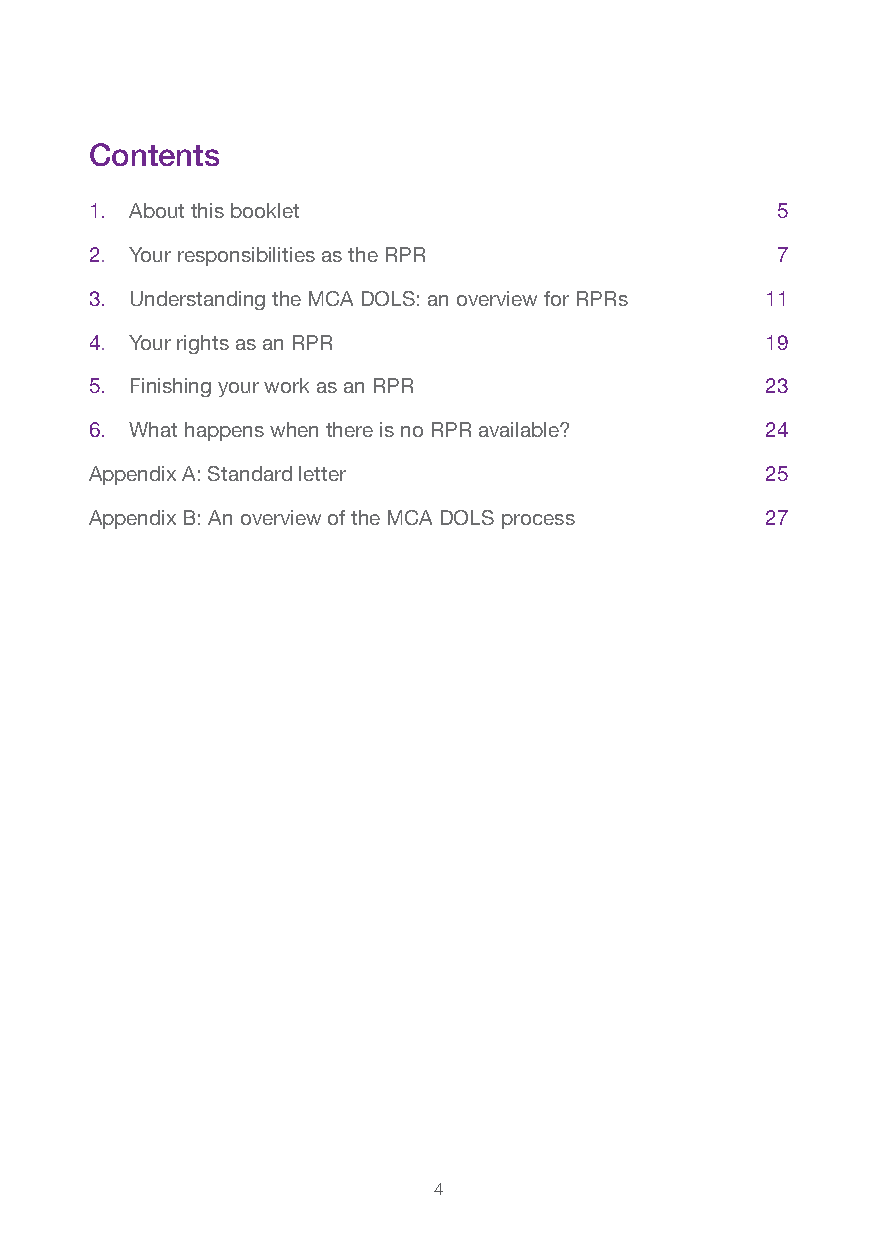
Contents
 1. About this booklet                        5
 2. Your responsibilities as the RPR          7
 3. Understanding the MCA DOLS: an overview for RPRs 11
 4. Your rights as an RPR                     19
 5. Finishing your work as an RPR             23
 6. What happens when there is no RPR available? 24
 Appendix A: Standard letter                  25
 Appendix B: An overview of the MCA DOLS process 27
 4